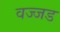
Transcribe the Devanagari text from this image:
वज्जड